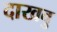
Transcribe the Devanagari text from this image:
दाखवु